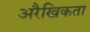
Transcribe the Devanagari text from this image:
अरैखिकता